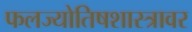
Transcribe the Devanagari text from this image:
फलज्योतिषशास्त्रावर